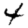
Digit: 4